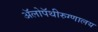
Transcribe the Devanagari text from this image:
ॲलोपॅथीरुग्णालय